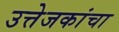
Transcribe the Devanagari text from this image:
उत्तेजकांचा